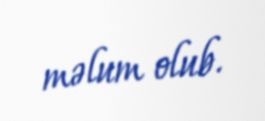
məlum olub.